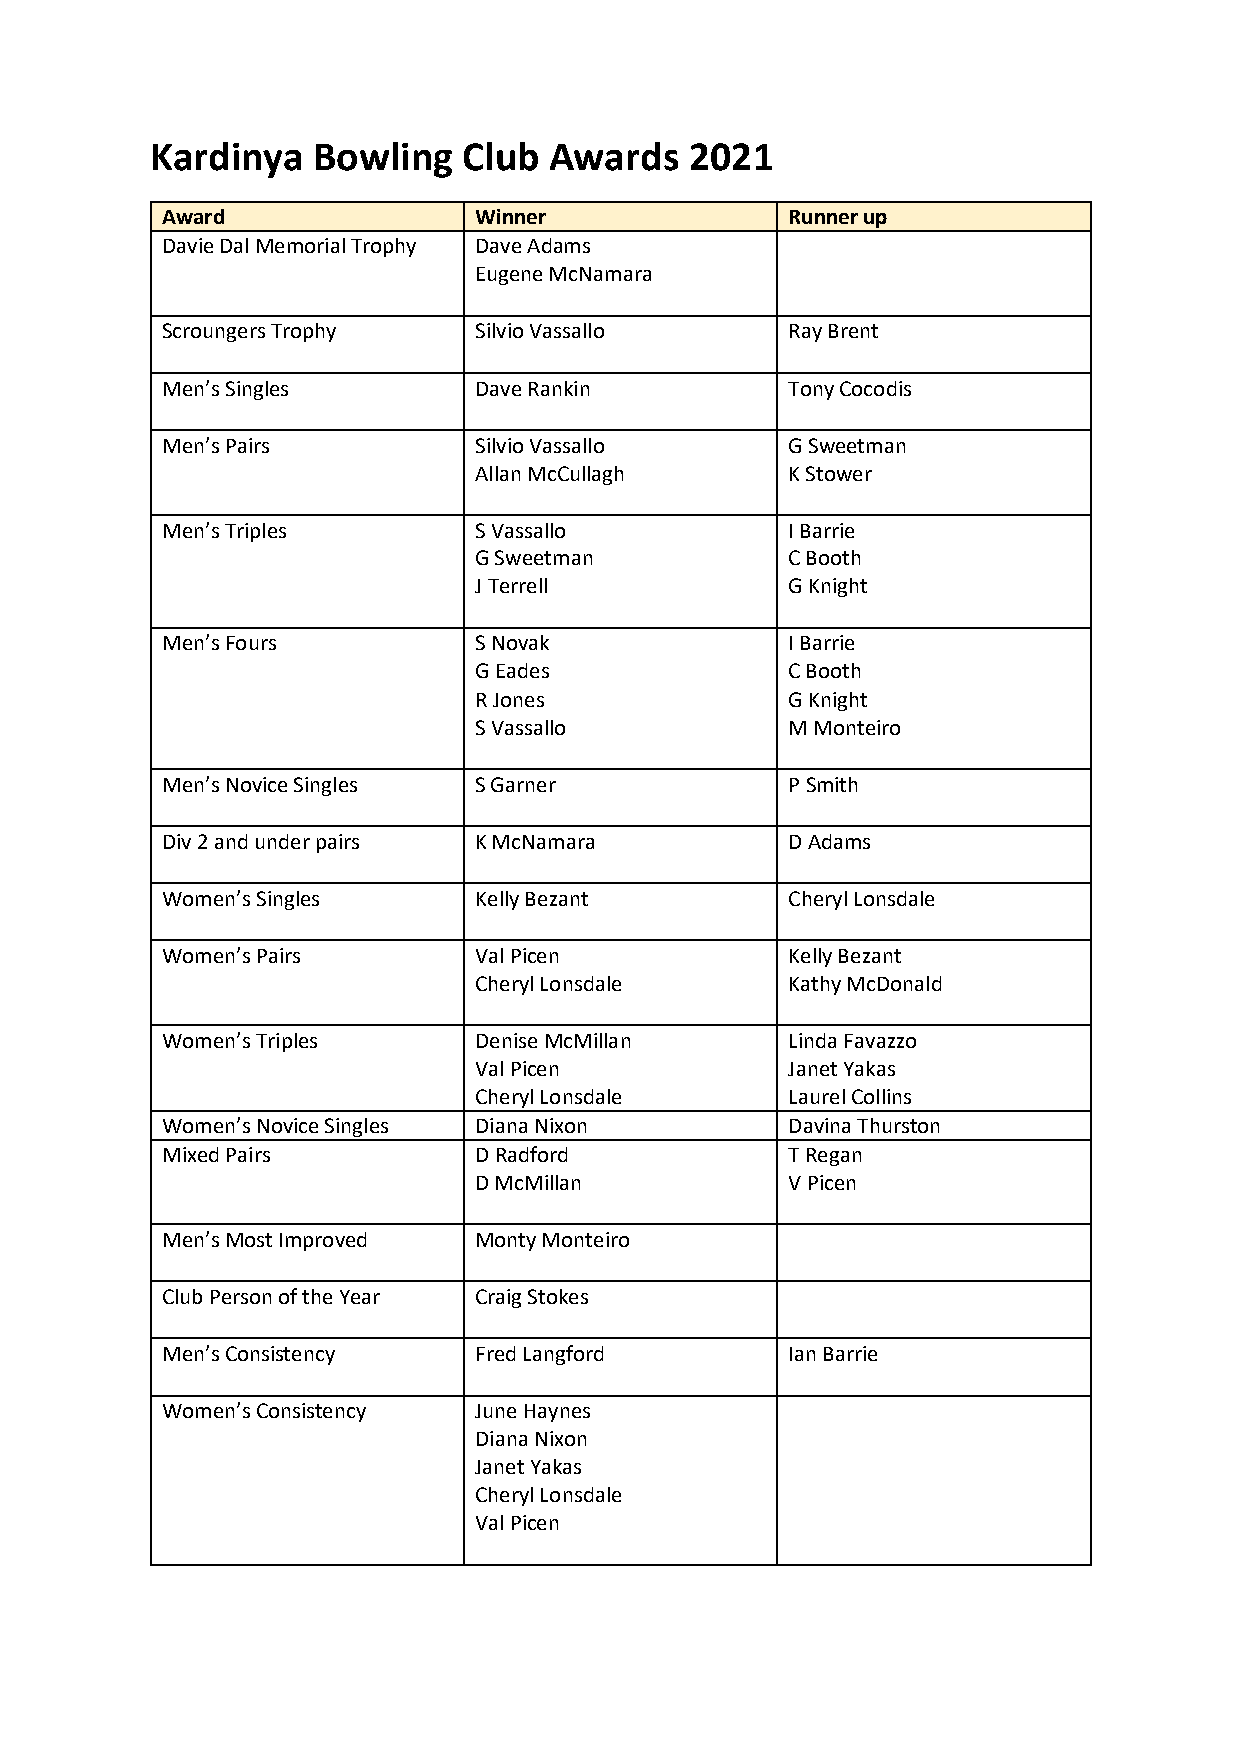
Kardinya   Bowling   Club Awards    2021
 Award               Winner               Runner up
 Davie Dal Memorial Trophy Dave Adams
 Eugene McNamara
 Scroungers Trophy   Silvio Vassallo      Ray Brent
 Men’s Singles       Dave Rankin          Tony Cocodis
 Men’s Pairs         Silvio Vassallo      G Sweetman
 Allan McCullagh      K Stower
 Men’s Triples       S Vassallo           I Barrie
 G Sweetman           C Booth
 J Terrell            G Knight
 Men’s Fours         S Novak              I Barrie
 G Eades              C Booth
 R Jones              G Knight
 S Vassallo           M Monteiro
 Men’s Novice Singles S Garner            P Smith
 Div 2 and under pairs K McNamara         D Adams
 Women’s Singles     Kelly Bezant         Cheryl Lonsdale
 Women’s Pairs       Val Picen            Kelly Bezant
 Cheryl Lonsdale      Kathy McDonald
 Women’s Triples     Denise McMillan      Linda Favazzo
 Val Picen            Janet Yakas
 Cheryl Lonsdale      Laurel Collins
 Women’s Novice Singles Diana Nixon       Davina Thurston
 Mixed Pairs         D Radford            T Regan
 D McMillan           V Picen
 Men’s Most Improved Monty Monteiro
 Club Person of the Year Craig Stokes
 Men’s Consistency   Fred Langford        Ian Barrie
 Women’s Consistency June Haynes
 Diana Nixon
 Janet Yakas
 Cheryl Lonsdale
 Val Picen